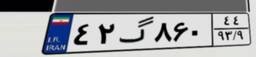
۴۲گ۸۶۰۴۴